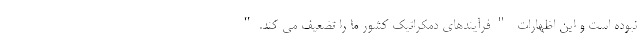
نبوده است و این اظهارات "فرآیندهای دمکراتیک کشور ما را تضعیف می کند."